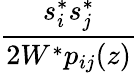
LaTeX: \frac{s_{i}^{*}s_{j}^{*}}{2W^{*}p_{ij}(z)}